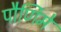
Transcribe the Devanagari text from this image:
पौर्णिमे